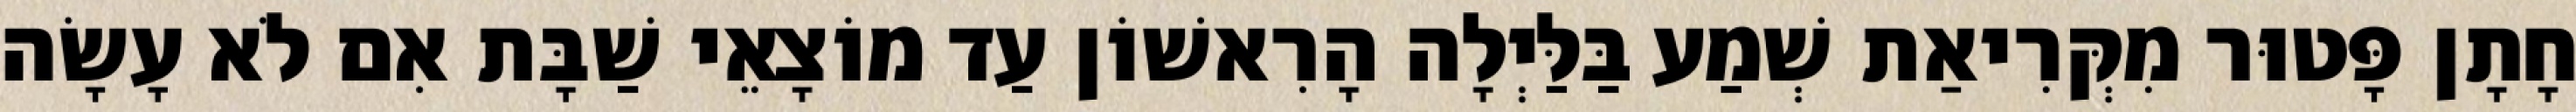
חָתָן פָּטוּר מִקְּרִיאַת שְׁמַע בַּלַּיְלָה הָרִאשׁוֹן עַד מוֹצָאֵי שַׁבָּת אִם לֹא עָשָׂה